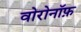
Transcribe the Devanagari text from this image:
वोरोनॉफ़